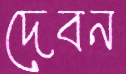
দেবন